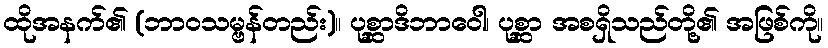
ထိုအနက်၏ (ဘာဝသမ္ဗန်တည်း)။ ပုစ္ဆာဒိဘာဝေါ၊ ပုစ္ဆာ အစရှိသည်တို့၏ အဖြစ်ကို။